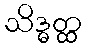
သိဒ္ဓတ္ထ